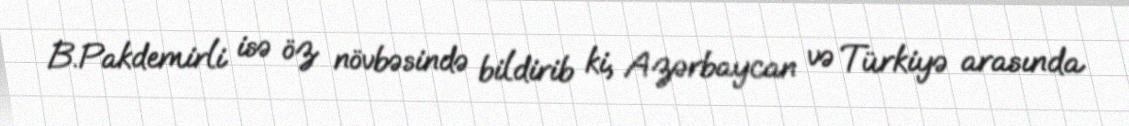
B.Pakdemirli isə öz növbəsində bildirib ki, Azərbaycan və Türkiyə arasında